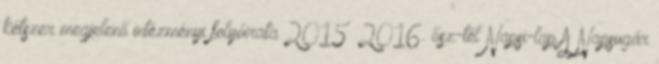
kétszer megjelenő intézményi folyóirata 2015 2016. ősz-tél Napsi-lap A Napsugár